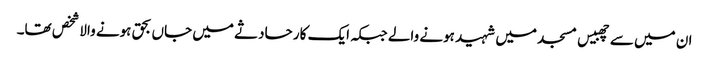
ان میں سے چھبیس مسجد میں شہید ہونے والے جبکہ ایک کار حادثے میں جاں بحق ہونے والا شخص تھا۔